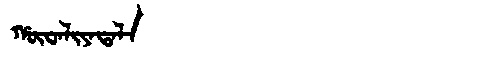
Manchu: ᡥᡡᠸᠠᠯᡳᠶᠠᡨᠠᠯᠠ
Romanization: HŪWALIYATALA